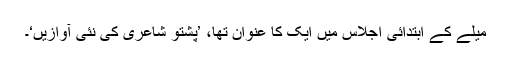
میلے کے ابتدائی اجلاس میں ایک کا عنوان تھا، ’پشتو شاعری کی نئی آوازیں‘۔